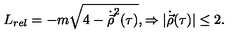
L _ { r e l } = - m \sqrt { 4 - \dot { \vec { \rho } } ^ { 2 } ( \tau ) } , \Rightarrow | { \dot { \vec { \rho } } } ( \tau ) | \leq 2 .